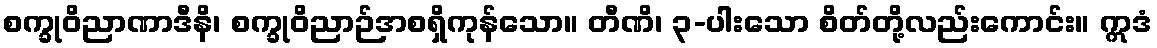
စက္ခုဝိညာဏာဒီနိ၊ စက္ခုဝိညာဉ်အစရှိကုန်သော။ တီဏိ၊ ၃-ပါးသော စိတ်တို့လည်းကောင်း။ ဣဒံ